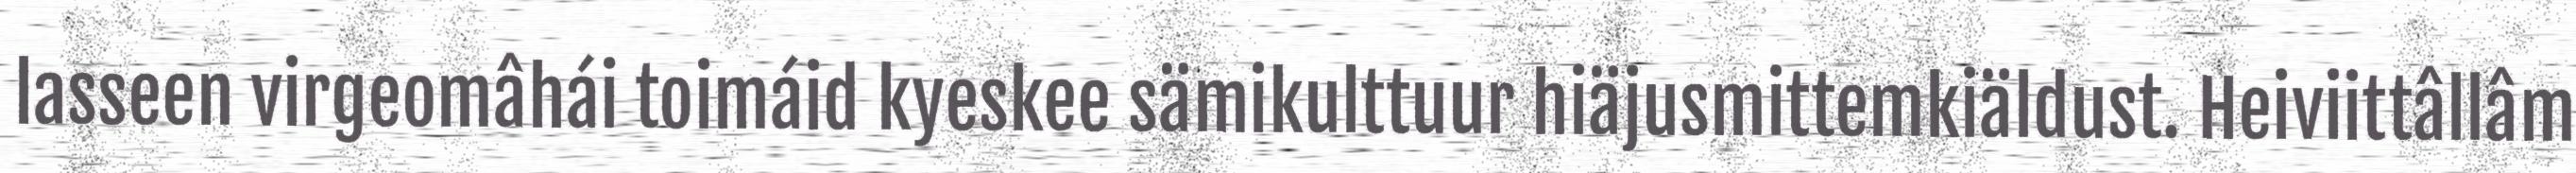
lasseen virgeomâhái toimáid kyeskee sämikulttuur hiäjusmittemkiäldust. Heiviittâllâm